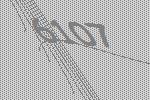
6107